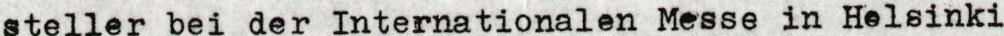
steller bei der Internationalen Messe in Helsinki